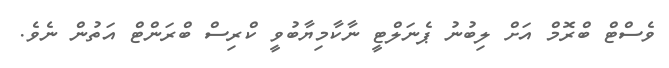
ވެސްޓް ބްރޮމް އަށް ލިބުނު ޕެނަލްޓީ ނާކާމިޔާބުވީ ކްރިސް ބްރަންޓް އަތުން ނެވެ.